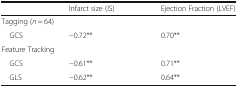
<table><thead><tr><td></td><td><b>Infarct size (IS)</b></td><td><b>Ejection Fraction (LVEF)</b></td></tr></thead><tbody><tr><td colspan="3">Tagging (<i>n</i> = 64)</td></tr><tr><td> GCS</td><td>−0.72**</td><td>0.70**</td></tr><tr><td colspan="3">Feature Tracking</td></tr><tr><td> GCS</td><td>−0.61**</td><td>0.71**</td></tr><tr><td> GLS</td><td>−0.62**</td><td>0.64**</td></tr></tbody></table>